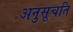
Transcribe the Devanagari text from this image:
अनुसूचति